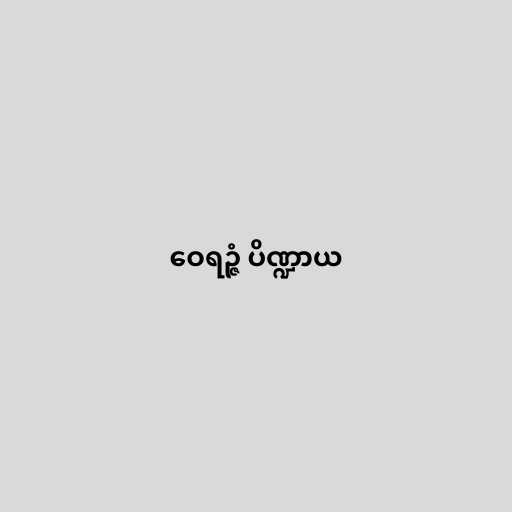
ဝေရဉ္ဇံ ပိဏ္ဍာယ